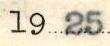
1925